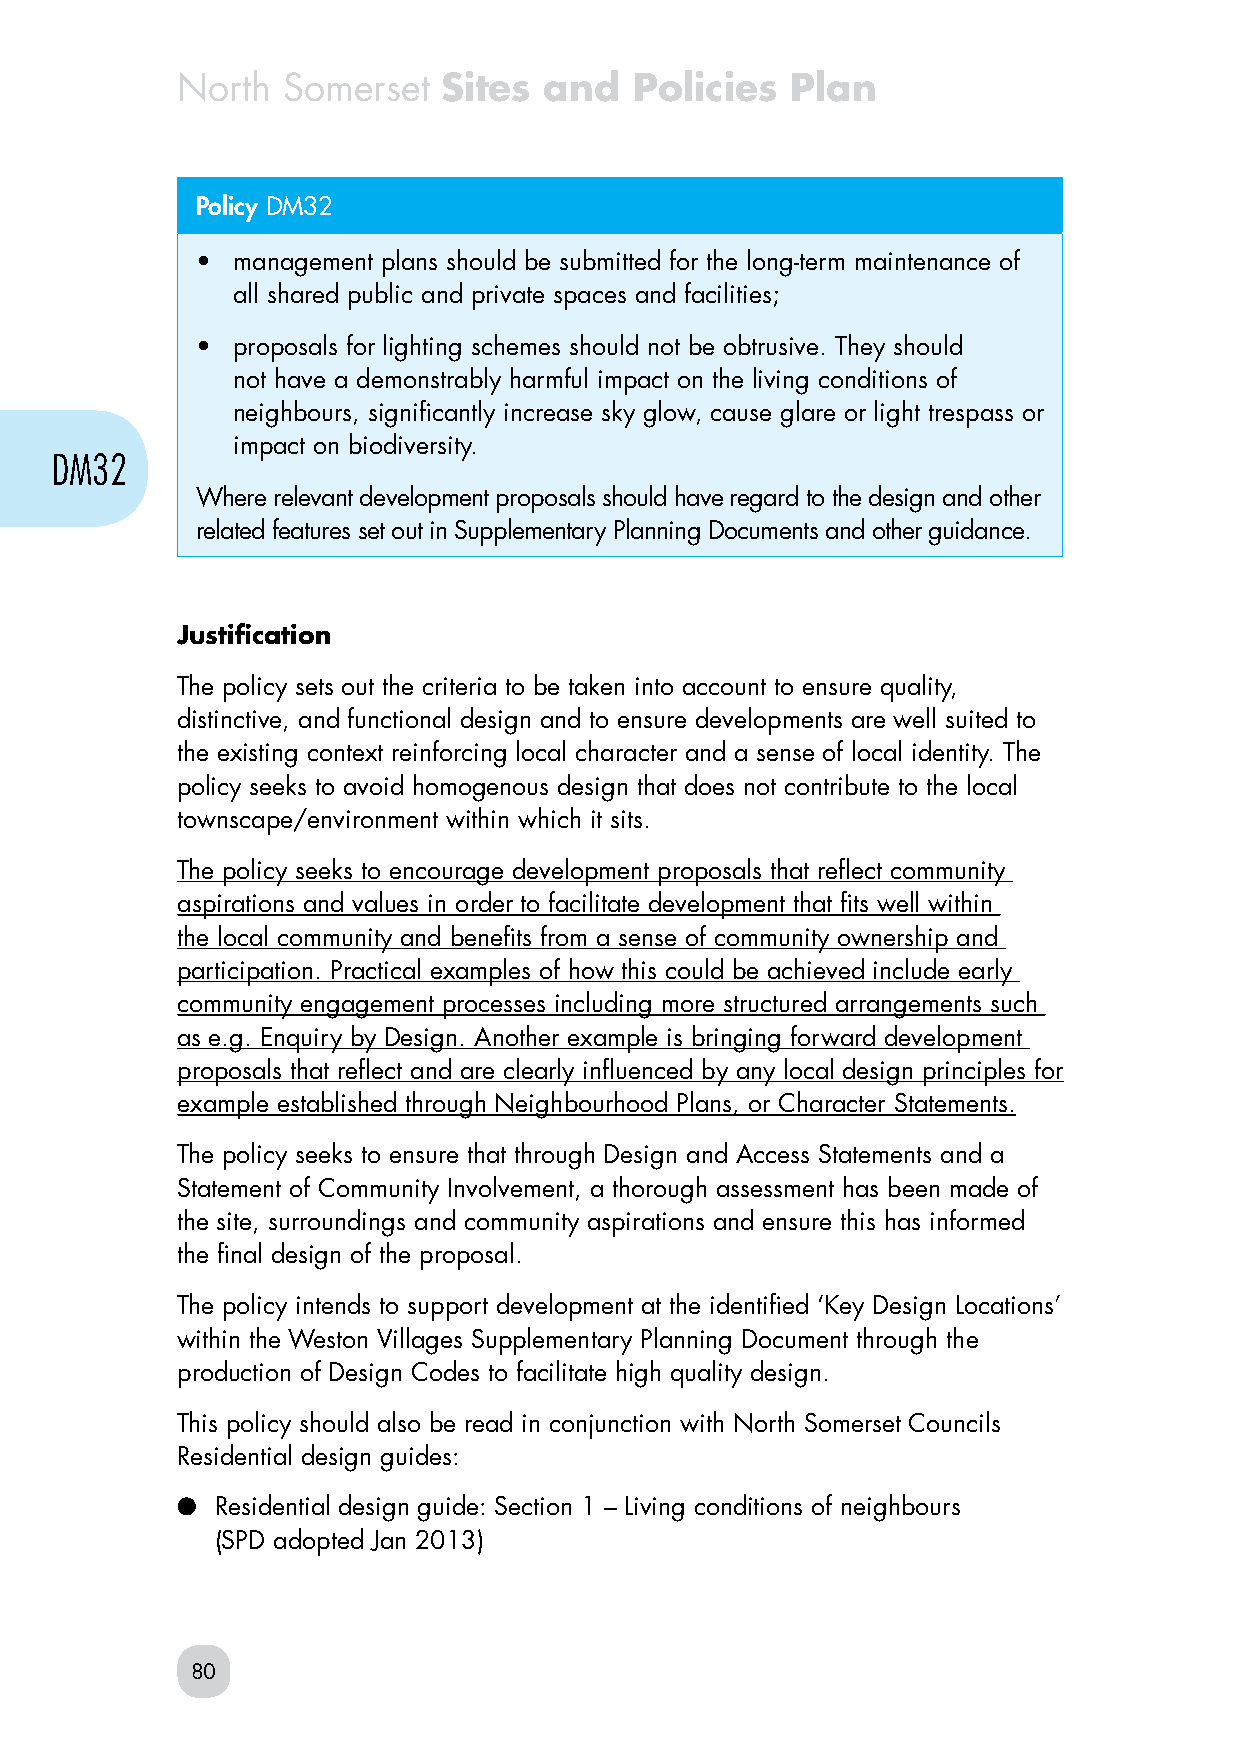
North  Somerset  Sites  and   Policies  Plan
 Policy DM32
 • management plans should be submitted for the long-term maintenance of
 all shared public and private spaces and facilities;
 • proposals for lighting schemes should not be obtrusive. They should
 not have a demonstrably harmful impact on the living conditions of
 neighbours, significantly increase sky glow, cause glare or light trespass or
 impact on biodiversity.
 DM32
 Where relevant development proposals should have regard to the design and other
 related features set out in Supplementary Planning Documents and other guidance.
 Justification
 The policy sets out the criteria to be taken into account to ensure quality,
 distinctive, and functional design and to ensure developments are well suited to
 the existing context reinforcing local character and a sense of local identity. The
 policy seeks to avoid homogenous design that does not contribute to the local
 townscape/environment within which it sits.
 The policy seeks to encourage development proposals that reflect community
 aspirations and values in order to facilitate development that fits well within
 the local community and benefits from a sense of community ownership and
 participation. Practical examples of how this could be achieved include early
 community engagement processes including more structured arrangements such
 as e.g. Enquiry by Design. Another example is bringing forward development
 proposals that reflect and are clearly influenced by any local design principles for
 example established through Neighbourhood Plans, or Character Statements.
 The policy seeks to ensure that through Design and Access Statements and a
 Statement of Community Involvement, a thorough assessment has been made of
 the site, surroundings and community aspirations and ensure this has informed
 the final design of the proposal.
 The policy intends to support development at the identified ‘Key Design Locations’
 within the Weston Villages Supplementary Planning Document through the
 production of Design Codes to facilitate high quality design.
 This policy should also be read in conjunction with North Somerset Councils
 Residential design guides:
 ● Residential design guide: Section 1 – Living conditions of neighbours
 (SPD adopted Jan 2013)
 80